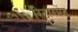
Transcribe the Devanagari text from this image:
रिटारमेंट